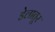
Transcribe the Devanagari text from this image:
डेलातूर